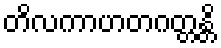
တိလကာဟတဂတ္တန္တိ